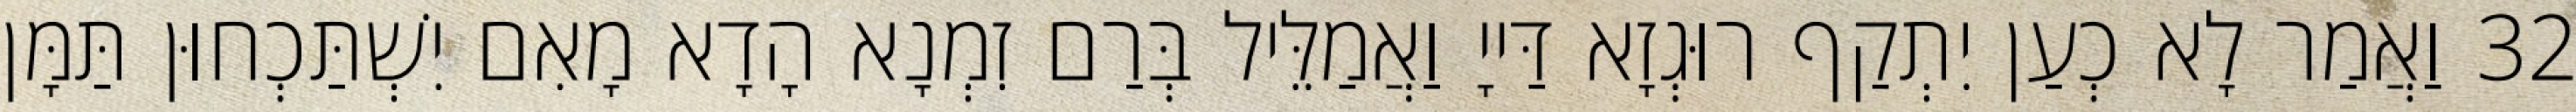
32 וַאֲמַר לָא כְעַן יִתְקַף רוּגְזָא דַּייָ וַאֲמַלֵּיל בְּרַם זִמְנָא הָדָא מָאִם יִשְׁתַּכְחוּן תַּמָּן